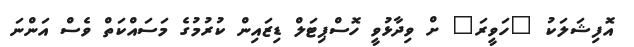
އޮފިޝަލަކު "ހަވީރަ" ށް ވިދާޅުވީ ހޮސްޕިޓަލް ޑިޒައިން ކުރުމުގެ މަސައްކަތް ވެސް އަންނަ